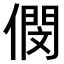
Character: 𠎓